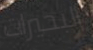
البحيرات